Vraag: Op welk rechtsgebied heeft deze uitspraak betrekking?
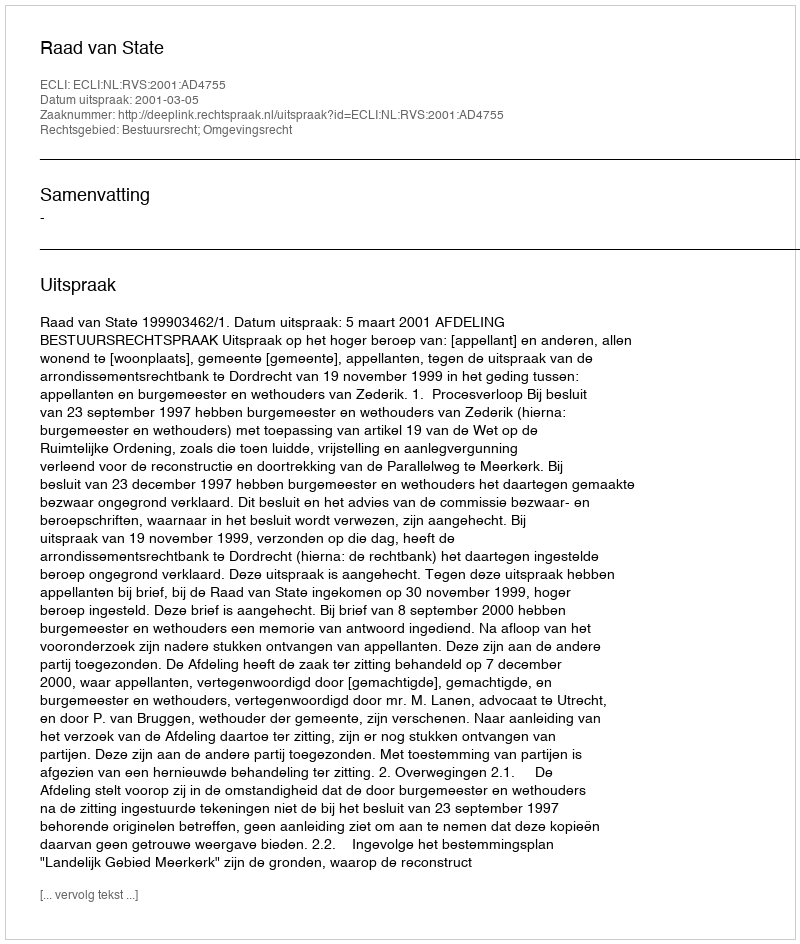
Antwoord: Bestuursrecht; Omgevingsrecht